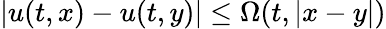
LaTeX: |u(t,x)-u(t,y)|\leq\Omega(t,|x-y|)